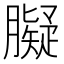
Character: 𦡸